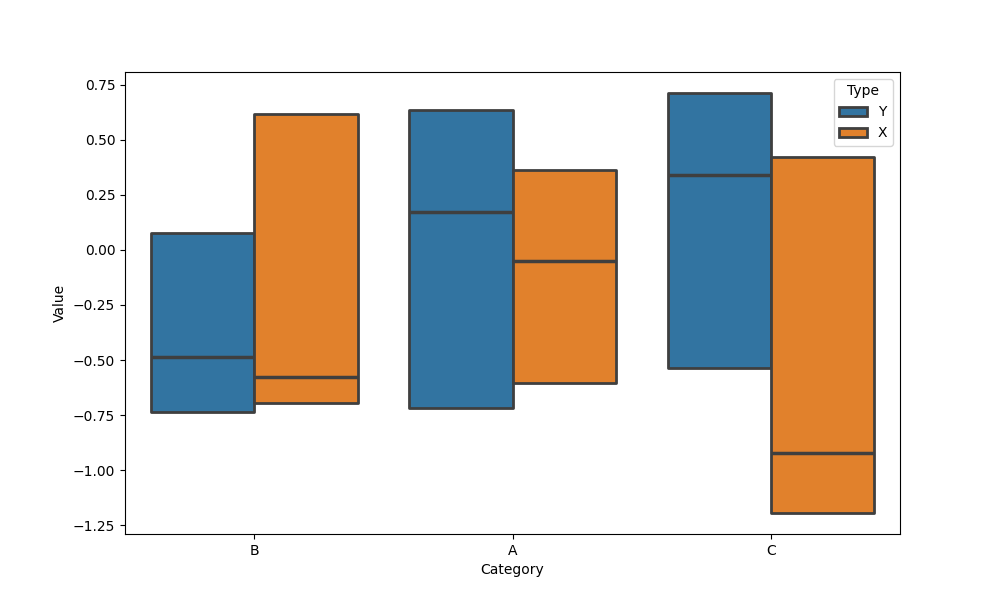
python, seaborn, boxenplot, k_depth='tukey', linewidth=2, scale='exponential', outlier_prop=0.2, showfliers=False